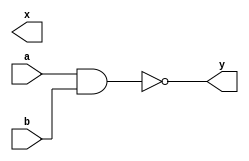
module nand1(input wire a,b,output wire x,y);
assign y = ~(a&b);

endmodule